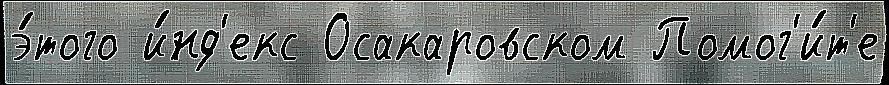
э́того и́нд'екс Осакаровском Помог'и́т'е